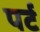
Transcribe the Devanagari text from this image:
पर्ट